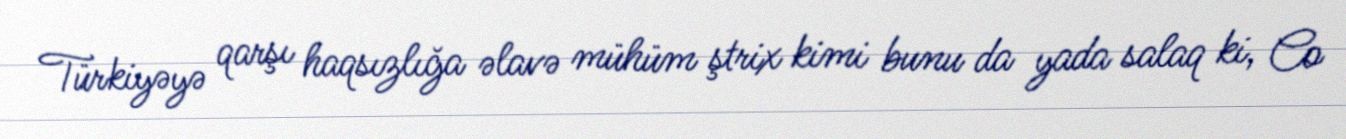
Türkiyəyə qarşı haqsızlığa əlavə mühüm ştrix kimi bunu da yada salaq ki, Co